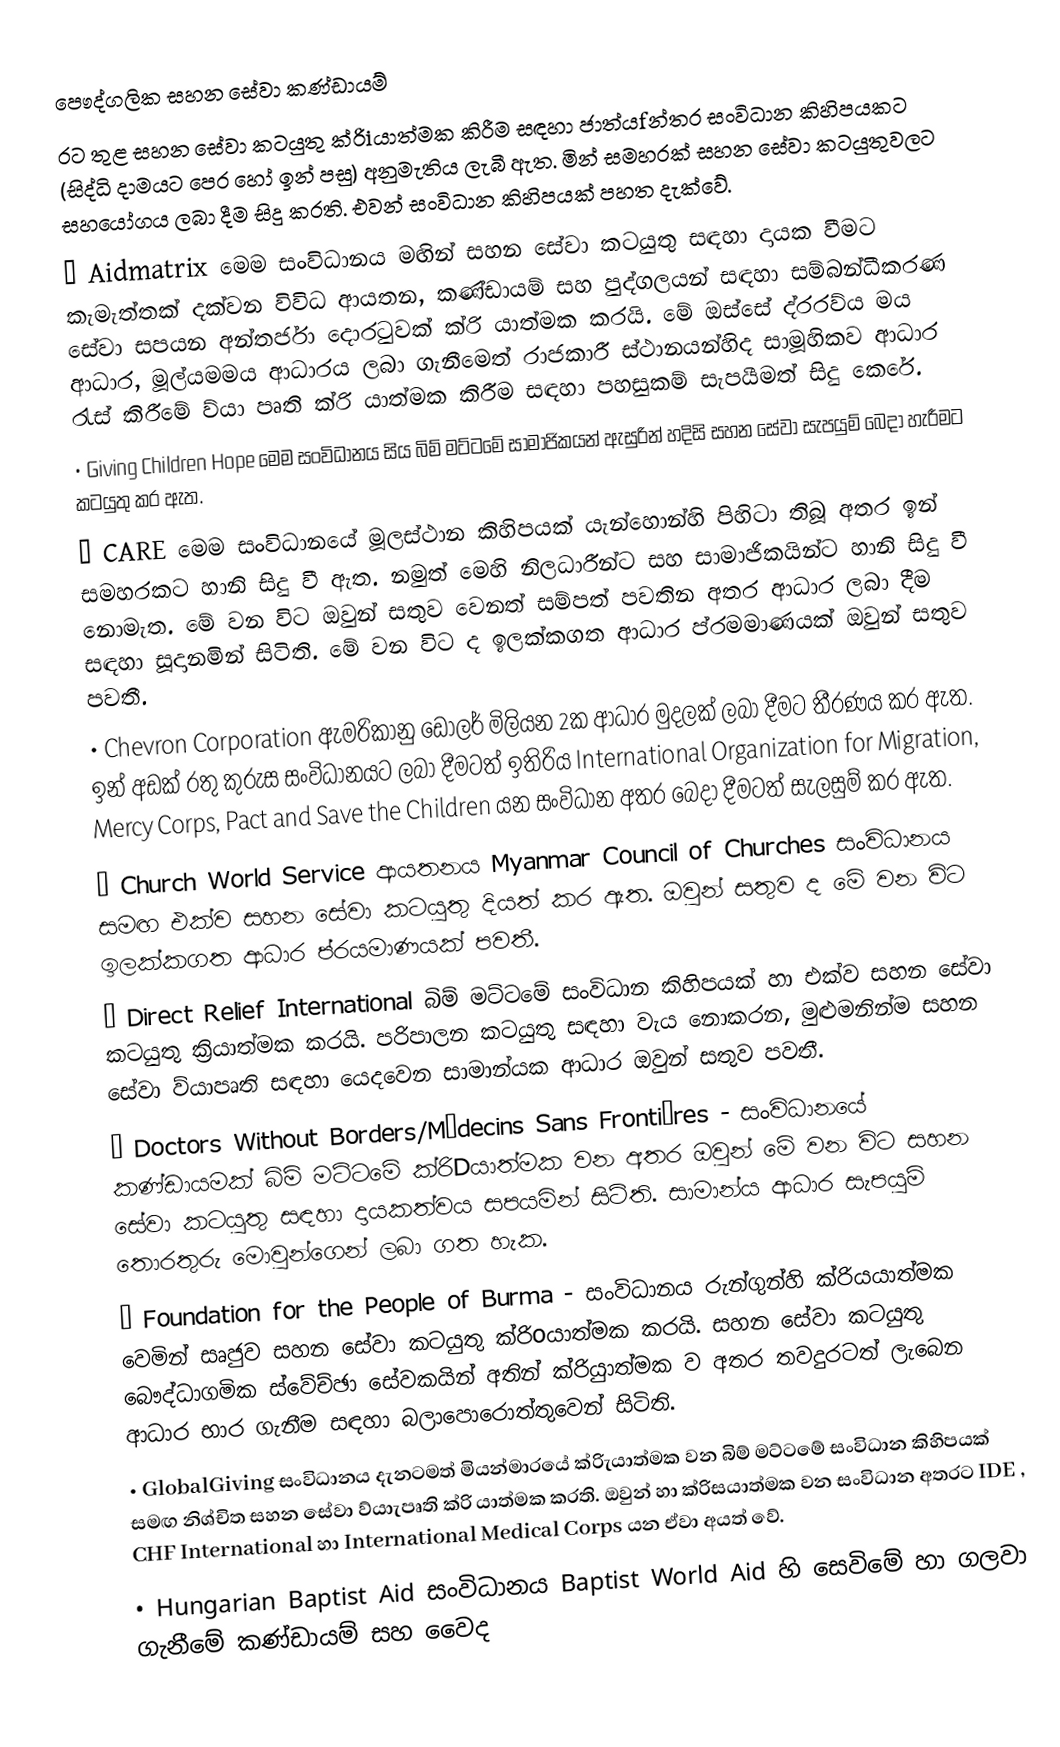
පෞද්ගලික සහන සේවා කණ්ඩායම්
රට තුළ සහන සේවා කටයුතු ක්රිiයාත්මක කිරීම සඳහා ජාත්යfන්තර සංවිධාන කිහිපයකට (සිද්ධි දාමයට පෙර හෝ ඉන් පසු) අනුමැතිය ලැබී ඇත. මින් සමහරක් සහන සේවා කටයුතුවලට සහයෝගය ලබා දීම සිදු කරති. එවන් සංවිධාන කිහිපයක් පහත දැක්වේ.
•	Aidmatrix මෙම සංවිධානය මඟින් සහන සේවා කටයුතු සඳහා දායක වීමට කැමැත්තක් දක්වන විවිධ ආයතන, කණ්ඩායම් සහ පුද්ගලයන් සඳහා සම්බන්ධීකරණ සේවා සපයන අන්තර්ජා ‍දොරටුවක් ක්රි යාත්මක කරයි. මේ ඔස්සේ ද්රරව්ය මය ආධාර, මූල්යමමය ආධාරය ලබා ගැනීමෙත් රාජකාරී ස්ථානයන්හිද සාමූහිකව ආධාර රැස් කිරීමේ ව්යා පෘති ක්රි යාත්මක කිරීම සඳහා පහසුකම් සැපයීමත් සිදු කෙරේ.
•	Giving Children Hope මෙම සංවිධානය සිය බිම් මට්ටමේ සාමාජිකයන් ඇසුරින් හදිසි සහන සේවා සැපයුම් බෙදා හැරීමට කටයුතු කර ඇත.
•	CARE මෙම සංවිධානයේ මූලස්ථාන කිහිපයක් යැන්හොන්හි පිහිටා තිබූ අතර ඉන් සමහරකට හානි සිදු වී ඇත. නමුත් මෙහි නිලධාරීන්ට සහ සාමාජිකයින්ට හානි සිදු වී නොමැත. මේ වන විට ඔවුන් සතුව වෙනත් සම්පත් පවතින අතර ආධාර ලබා දීම සඳහා සූදානමින් සිටිති. මේ වන විට ද ඉලක්කගත ආධාර ප්රමමාණයක් ඔවුන් සතුව පවතී.
•	Chevron Corporation ඇමරිකානු ඩොලර් මිලියන 2ක ආධාර මුදලක් ලබා දීමට තීරණය කර ඇත. ඉන් අඩක් රතු කුරුස සංවිධානයට ලබා දීමටත් ඉතිරිය International Organization for Migration, Mercy Corps, Pact and Save the Children යන සංවිධාන අතර බෙදා දීමටත් සැලසුම් කර ඇත‍.
•	Church World Service ආයතනය Myanmar Council of Churches සංවිධානය සමඟ එක්ව සහන සේවා කටයුතු දියත් කර ඇත. ඔවුන් සතුව ද මේ වන විට ඉලක්කගත ආධාර ප්රයමාණයක් පවතී.
•	Direct Relief International බිම් මට්ටමේ සංවිධාන කිහිපයක් හා එක්ව සහන සේවා කටයුතු ක්‍රියාත්මක කරයි. පරිපාලන කටයුතු සඳහා වැය නොකරන, මුළුමනින්ම සහන සේවා ව්යා‍පෘති සඳහා යෙදවෙන සාමාන්යක ආධාර ඔවුන් සතුව පවතී.
•	Doctors Without Borders/Médecins Sans Frontières - සංවිධානයේ කණ්ඩායමක් බිම් මට්ටමේ ක්රිDයාත්මක වන අතර ඔවුන් මේ වන විට සහන ‍සේවා කටයුතු සඳහා දායකත්වය සපයමින් සිටිති. සාමාන්ය  ආධාර සැපයුම් තොරතුරු මොවුන්ගෙන් ලබා ගත හැක.
•	Foundation for the People of Burma - සංවිධානය රුන්ගුන්හි ක්රියයාත්මක වෙමින් සෘජුව ‍සහන සේවා කටයුතු ක්රිoයාත්මක කරයි. සහන සේවා කටයුතු බෞද්ධාගමික ස්වේච්ඡා සේවකයින් අතින් ක්රිුයාත්මක ව අතර තවදුරටත් ලැබෙන ආධාර භාර ගැනීම සඳහා බලාපොරොත්තුවෙන් සිටිති.
•	GlobalGiving සංවිධානය දැනටමත් මියන්මාරයේ ක්රිැයාත්මක වන බිම් මට්ටමේ සංවිධාන කිහිපයක් සමඟ නිශ්චිත සහන සේවා ව්යාැපෘති ක්රි යාත්මක කරති. ‍ඔවුන් හා ක්රිසයාත්මක වන සංවිධාන අතරට IDE , CHF International හා International Medical Corps යන ඒවා අයත් වේ.
•	Hungarian Baptist Aid සංවිධානය Baptist World Aid හි සෙවිමේ හා ගලවා ගැනීමේ කණ්ඩායම් සහ වෛද